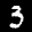
Label: 3